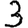
Digit: 3